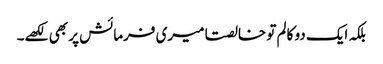
بلکہ ایک دو کالم تو خالصتا میری فرمائش پر بھی لکھے۔